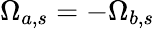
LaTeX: \Omega_{a,s}=-\Omega_{b,s}